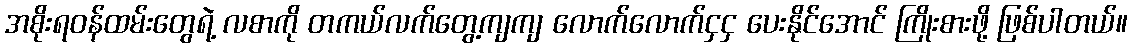
အစိုးရဝန်ထမ်းတွေရဲ့ လစာကို တကယ်လက်တွေ့ကျကျ လောက်လောက်ငှငှ ပေးနိုင်အောင် ကြိုးစားဖို့ ဖြစ်ပါတယ်။